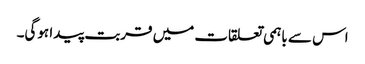
اس سے باہمی تعلقات میں قربت پیدا ہوگی۔